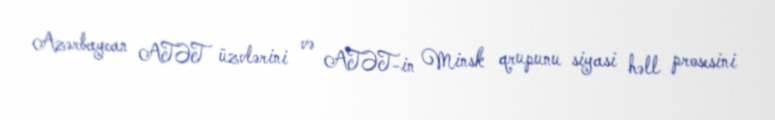
Azərbaycan ATƏT üzvlərini və ATƏT-in Minsk qrupunu siyasi həll prosesini